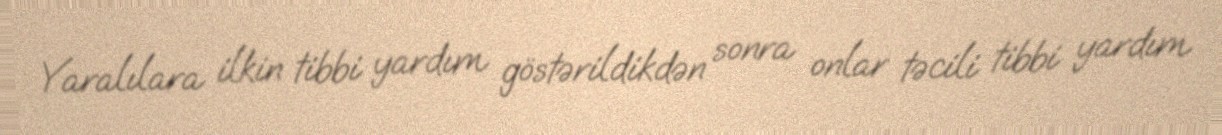
Yaralılara ilkin tibbi yardım göstərildikdən sonra onlar təcili tibbi yardım